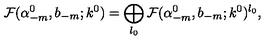
{ \cal F } ( \alpha _ { - m } ^ { 0 } , b _ { - m } ; k ^ { 0 } ) = \bigoplus _ { l _ { 0 } } { \cal F } ( \alpha _ { - m } ^ { 0 } , b _ { - m } ; k ^ { 0 } ) ^ { l _ { 0 } } ,